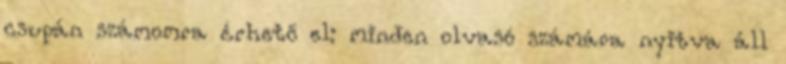
csupán számomra érhető el: minden olvasó számára nyitva áll